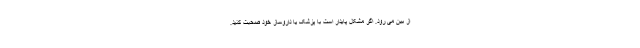
از بین می رود. اگر مشکل پایدار است با پزشک یا داروساز خود صحبت کنید.